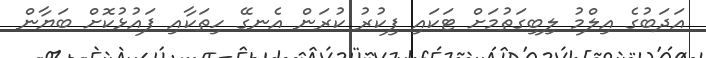
އަދަބުގެ އިލްމު ލިބިގަތުމަށް ޓަކައި ފިކުރު ކުރަން އެނގޭ ހިތަކާއި ފައުޅުކޮށް ބަޔާން